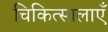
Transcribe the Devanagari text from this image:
चिकित्सालाएँ